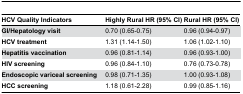
<table><thead><tr><td><b>HCV Quality Indicators</b></td><td><b>Highly Rural HR (95% CI)</b></td><td><b>Rural HR (95% CI)</b></td></tr></thead><tbody><tr><td><b>GI/Hepatology visit</b></td><td>0.70 (0.65-0.75)</td><td>0.96 (0.94-0.97)</td></tr><tr><td><b>HCV treatment</b></td><td>1.31 (1.14-1.50)</td><td>1.06 (1.02-1.10)</td></tr><tr><td><b>Hepatitis vaccination</b></td><td>0.96 (0.81-1.14)</td><td>0.96 (0.93-1.00)</td></tr><tr><td><b>HIV screening</b></td><td>0.96 (0.84-1.10)</td><td>0.76 (0.73-0.78)</td></tr><tr><td><b>Endoscopic variceal screening</b></td><td>0.98 (0.71-1.35)</td><td>1.00 (0.93-1.08)</td></tr><tr><td><b>HCC screening</b></td><td>1.18 (0.61-2.28)</td><td>0.99 (0.85-1.16)</td></tr></tbody></table>